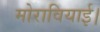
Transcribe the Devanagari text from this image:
मोरावियाई।